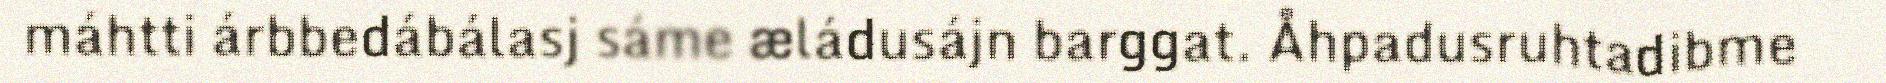
máhtti árbbedábálasj sáme æládusájn barggat. Åhpadusruhtadibme